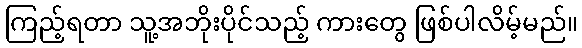
ကြည့်ရတာ သူ့အဘိုးပိုင်သည့် ကားတွေ ဖြစ်ပါလိမ့်မည်။